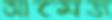
আমেজ